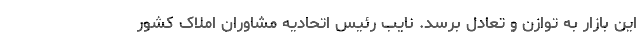
این بازار به توازن و تعادل برسد. نایب رئیس اتحادیه مشاوران املاک کشور